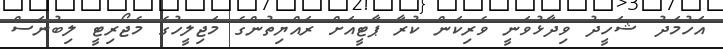
އަހުމަދު ޝަހީދު ވިދާޅުވަނީ ވެރިކަން ކުރާ ޕާޓީއަށް ރައްޔިތުންގެ މަޖިލީހުގެ މެޖޯރިޓީ ލިބުނަސް